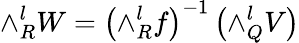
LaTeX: \land_{R}^{l}W=\left(\land_{R}^{l}f\right)^{-1}\left(\land_{Q}^{l}V\right)